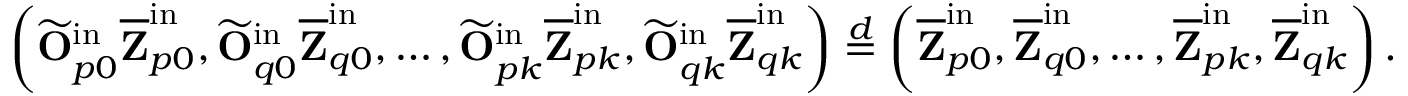
\left( \widetilde { \mathbf { O } } _ { p 0 } ^ { \mathrm { i n } } \overline { { \mathbf { Z } } } _ { p 0 } ^ { \mathrm { i n } } , \widetilde { \mathbf { O } } _ { q 0 } ^ { \mathrm { i n } } \overline { { \mathbf { Z } } } _ { q 0 } ^ { \mathrm { i n } } , \ldots , \widetilde { \mathbf { O } } _ { p k } ^ { \mathrm { i n } } \overline { { \mathbf { Z } } } _ { p k } ^ { \mathrm { i n } } , \widetilde { \mathbf { O } } _ { q k } ^ { \mathrm { i n } } \overline { { \mathbf { Z } } } _ { q k } ^ { \mathrm { i n } } \right) \stackrel { d } { = } \left( \overline { { \mathbf { Z } } } _ { p 0 } ^ { \mathrm { i n } } , \overline { { \mathbf { Z } } } _ { q 0 } ^ { \mathrm { i n } } , \ldots , \overline { { \mathbf { Z } } } _ { p k } ^ { \mathrm { i n } } , \overline { { \mathbf { Z } } } _ { q k } ^ { \mathrm { i n } } \right) .